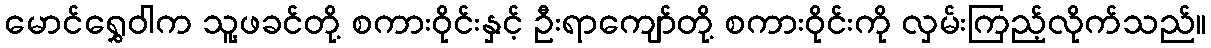
မောင်ရွှေဝါက သူ့ဖခင်တို့ စကားဝိုင်းနှင့် ဦးရာကျော်တို့ စကားဝိုင်းကို လှမ်းကြည့်လိုက်သည်။